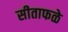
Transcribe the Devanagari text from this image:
सीताफळे